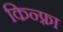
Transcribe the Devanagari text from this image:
किन्फ़्रा